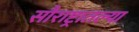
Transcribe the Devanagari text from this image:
सौराष्ट्रातल्या